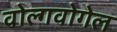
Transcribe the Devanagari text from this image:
वोल्गवोगेल